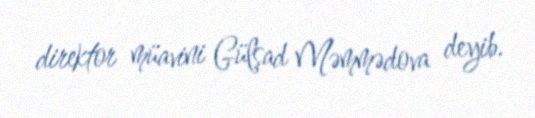
direktor müavini Gülşad Məmmədova deyib.